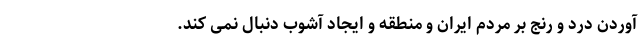
آوردن درد و رنج بر مردم ایران و منطقه و ایجاد آشوب دنبال نمی کند.